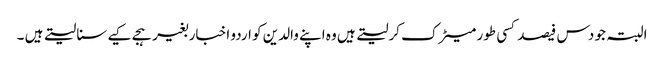
البتہ جو دس فیصد کسی طور میٹرک کرلیتے ہیں وہ اپنے والدین کو اردو اخبار بغیر ہجے کیے سنا لیتے ہیں ۔